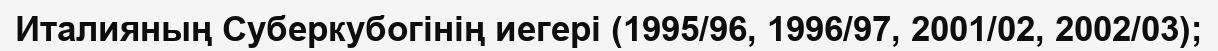
Италияның Суберкубогінің иегері (1995/96, 1996/97, 2001/02, 2002/03);